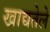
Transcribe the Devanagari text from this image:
खाद्यतेले